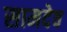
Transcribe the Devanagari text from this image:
सामदेव